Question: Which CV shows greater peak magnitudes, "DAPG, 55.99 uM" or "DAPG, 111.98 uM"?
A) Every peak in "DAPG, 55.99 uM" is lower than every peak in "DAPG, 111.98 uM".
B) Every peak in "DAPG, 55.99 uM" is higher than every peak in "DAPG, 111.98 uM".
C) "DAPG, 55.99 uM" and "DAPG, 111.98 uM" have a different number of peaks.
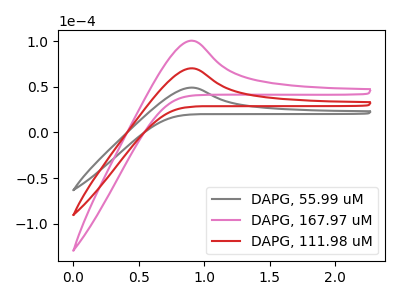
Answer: <think>The gray curve "DAPG, 55.99 uM" has an anodic peak at: (0.90V, 49.05uA). The pink curve "DAPG, 167.97 uM" has an anodic peak at: (0.90V, 140.35uA). The red curve "DAPG, 111.98 uM" has an anodic peak at: (0.90V, 70.20uA).</think>
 <answer>A) Every peak in "DAPG, 55.99 uM" is lower than every peak in "DAPG, 111.98 uM".</answer>
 <eval>A</eval>